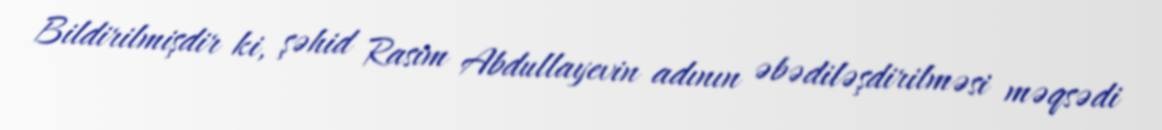
Bildirilmişdir ki, şəhid Rasim Abdullayevin adının əbədiləşdirilməsi məqsədi